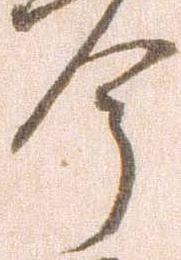
今